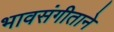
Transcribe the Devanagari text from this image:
भावसंगीताने